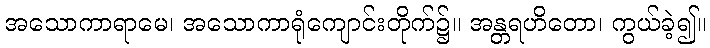
အသောကာရာမေ၊ အသောကာရုံကျောင်းတိုက်၌။ အန္တရဟိတော၊ ကွယ်ခဲ့၍။